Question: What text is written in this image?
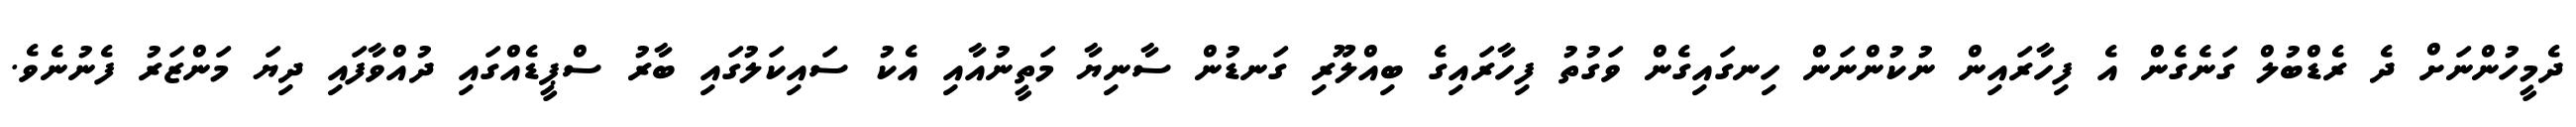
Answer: ދެމީހުންނަށް ދެ ރެޑްބުލް ގަނެގެން އެ ފިހާރައިން ނުކުންނަން ހިނގައިގެން ވަގުތު ފިހާރައިގެ ބިއްލޫރި ގަނޑުން ސާނިޔާ މަތީނުއާއި އެކު ސައިކަލުގައި ބާރު ސްޕީޑެއްގައި ދުއްވާފައި ދިޔަ މަންޒަރު ފެނުނެވެ.